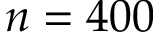
n = 4 0 0